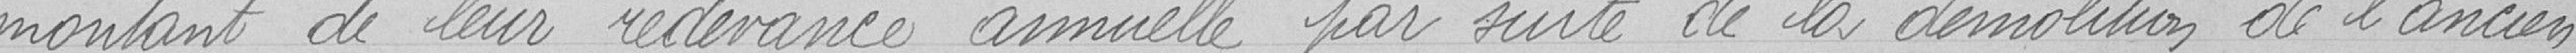
montant de leur redevance annuelle par suite de la démolition de l'ancien